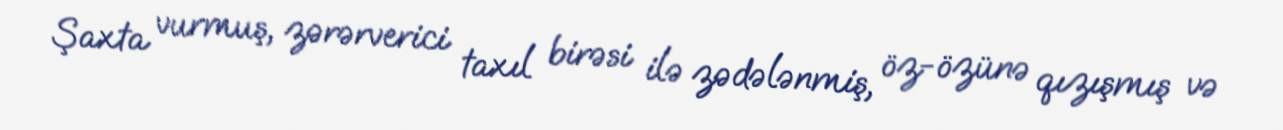
Şaxta vurmuş, zərərverici taxıl birəsi ilə zədələnmiş, öz-özünə qızışmış və